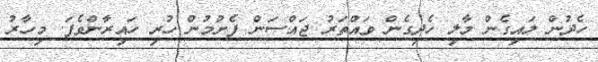
ހެދުން ލައިގެން މާލި ހެދިގެން ވައްތަރު ޖައްސަން ފެށުމުން ހުރި ހައިރާންވެފަ. މިހާރު